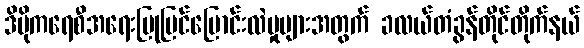
ဒိမိုကရေစီအရေးပြုပြင်ပြောင်းလဲမှုများအတွက် ခလယ်တံခွန်တိုင်တိုက်နယ်